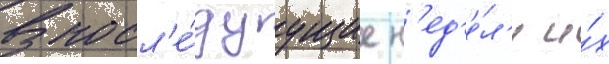
В посл'е́дуущие н'ед'е́л'и и́х